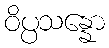
ဝိပ္ပသန္နော